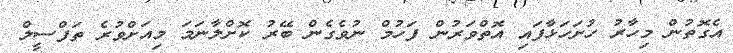
އެގޮތުން މިހާރު ހުށަހަޅާފައި އޮތްވަރުން ފަހުމް ނުވެގެން ބޭރު ކޮށްލާނަމަ މިއަށްވުރެ ތަފްސީލް